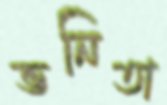
ভনিতা